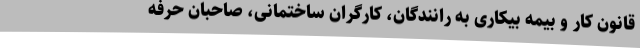
قانون کار و بیمه بیکاری به رانندگان، کارگران ساختمانی، صاحبان حرفه